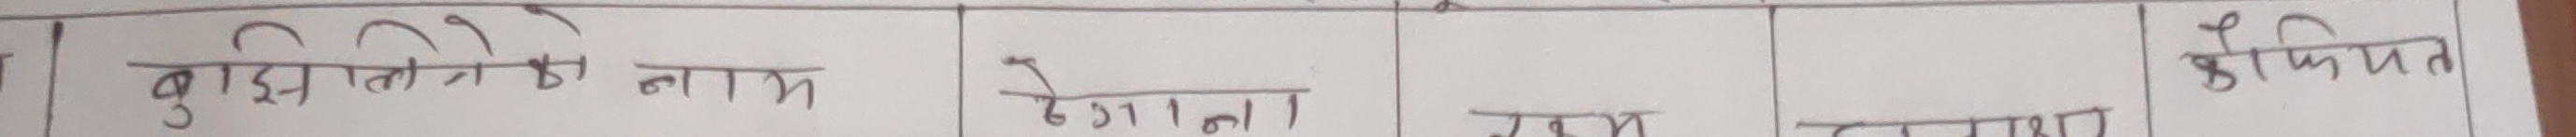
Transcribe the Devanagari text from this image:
बुझिने को नाम ठेकाना काम कैफियत